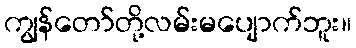
ကျွန်တော်တို့လမ်းမပျောက်ဘူး။